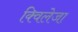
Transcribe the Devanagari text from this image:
क्विलेजा